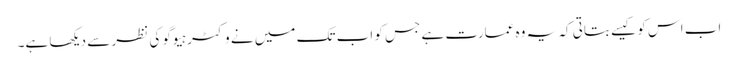
اب اس کو کیسے بتاتی کہ یہ وہ عمارت ہے جس کو اب تک میں نے وکٹر ہیوگو کی نظر سے دیکھا ہے۔